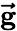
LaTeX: \mathbf{\vec{g}}